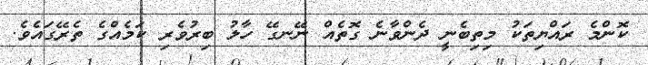
ކޮންމެ ރައްޔިތަކު މިތިބެނީ ދެންވާނެ ގޮތެއް ނޭނގޭ ހާލު ބިރުވެރި ކަމެއްގެ ތެރޭގައެވެ.